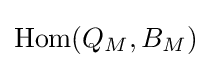
\mathrm {Hom} (Q_{M},B_{M})